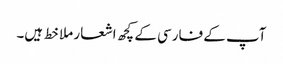
آپ کے فارسی کے کچھ اشعار ملا خط ہیں۔